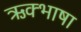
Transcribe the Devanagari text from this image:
ऋक्भाषा